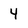
Character: 4